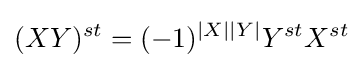
(XY)^{st}=(-1)^{|X||Y|}Y^{st}X^{st}